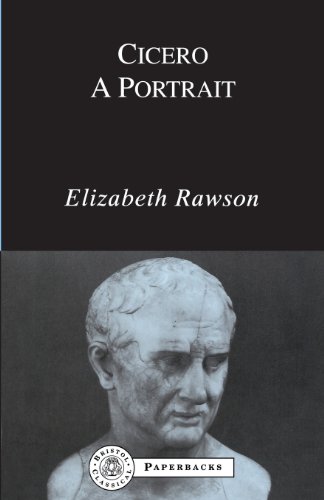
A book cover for Cicero: A Portrait (Bristol Classical Paperbacks); Elizabeth Rawson; Literature & Fiction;